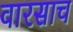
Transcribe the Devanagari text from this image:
वारसाच